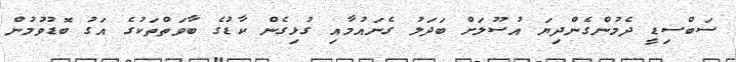
ސަބްސިޑީ ދެމުންގެންދިޔަ އުސޫލަށް ބަދަލު ގެނައުމާއި ގުޅިގެން ކާޑުގެ ބާވަތްތަކުގެ އަގު ބޮޑުވުމުން